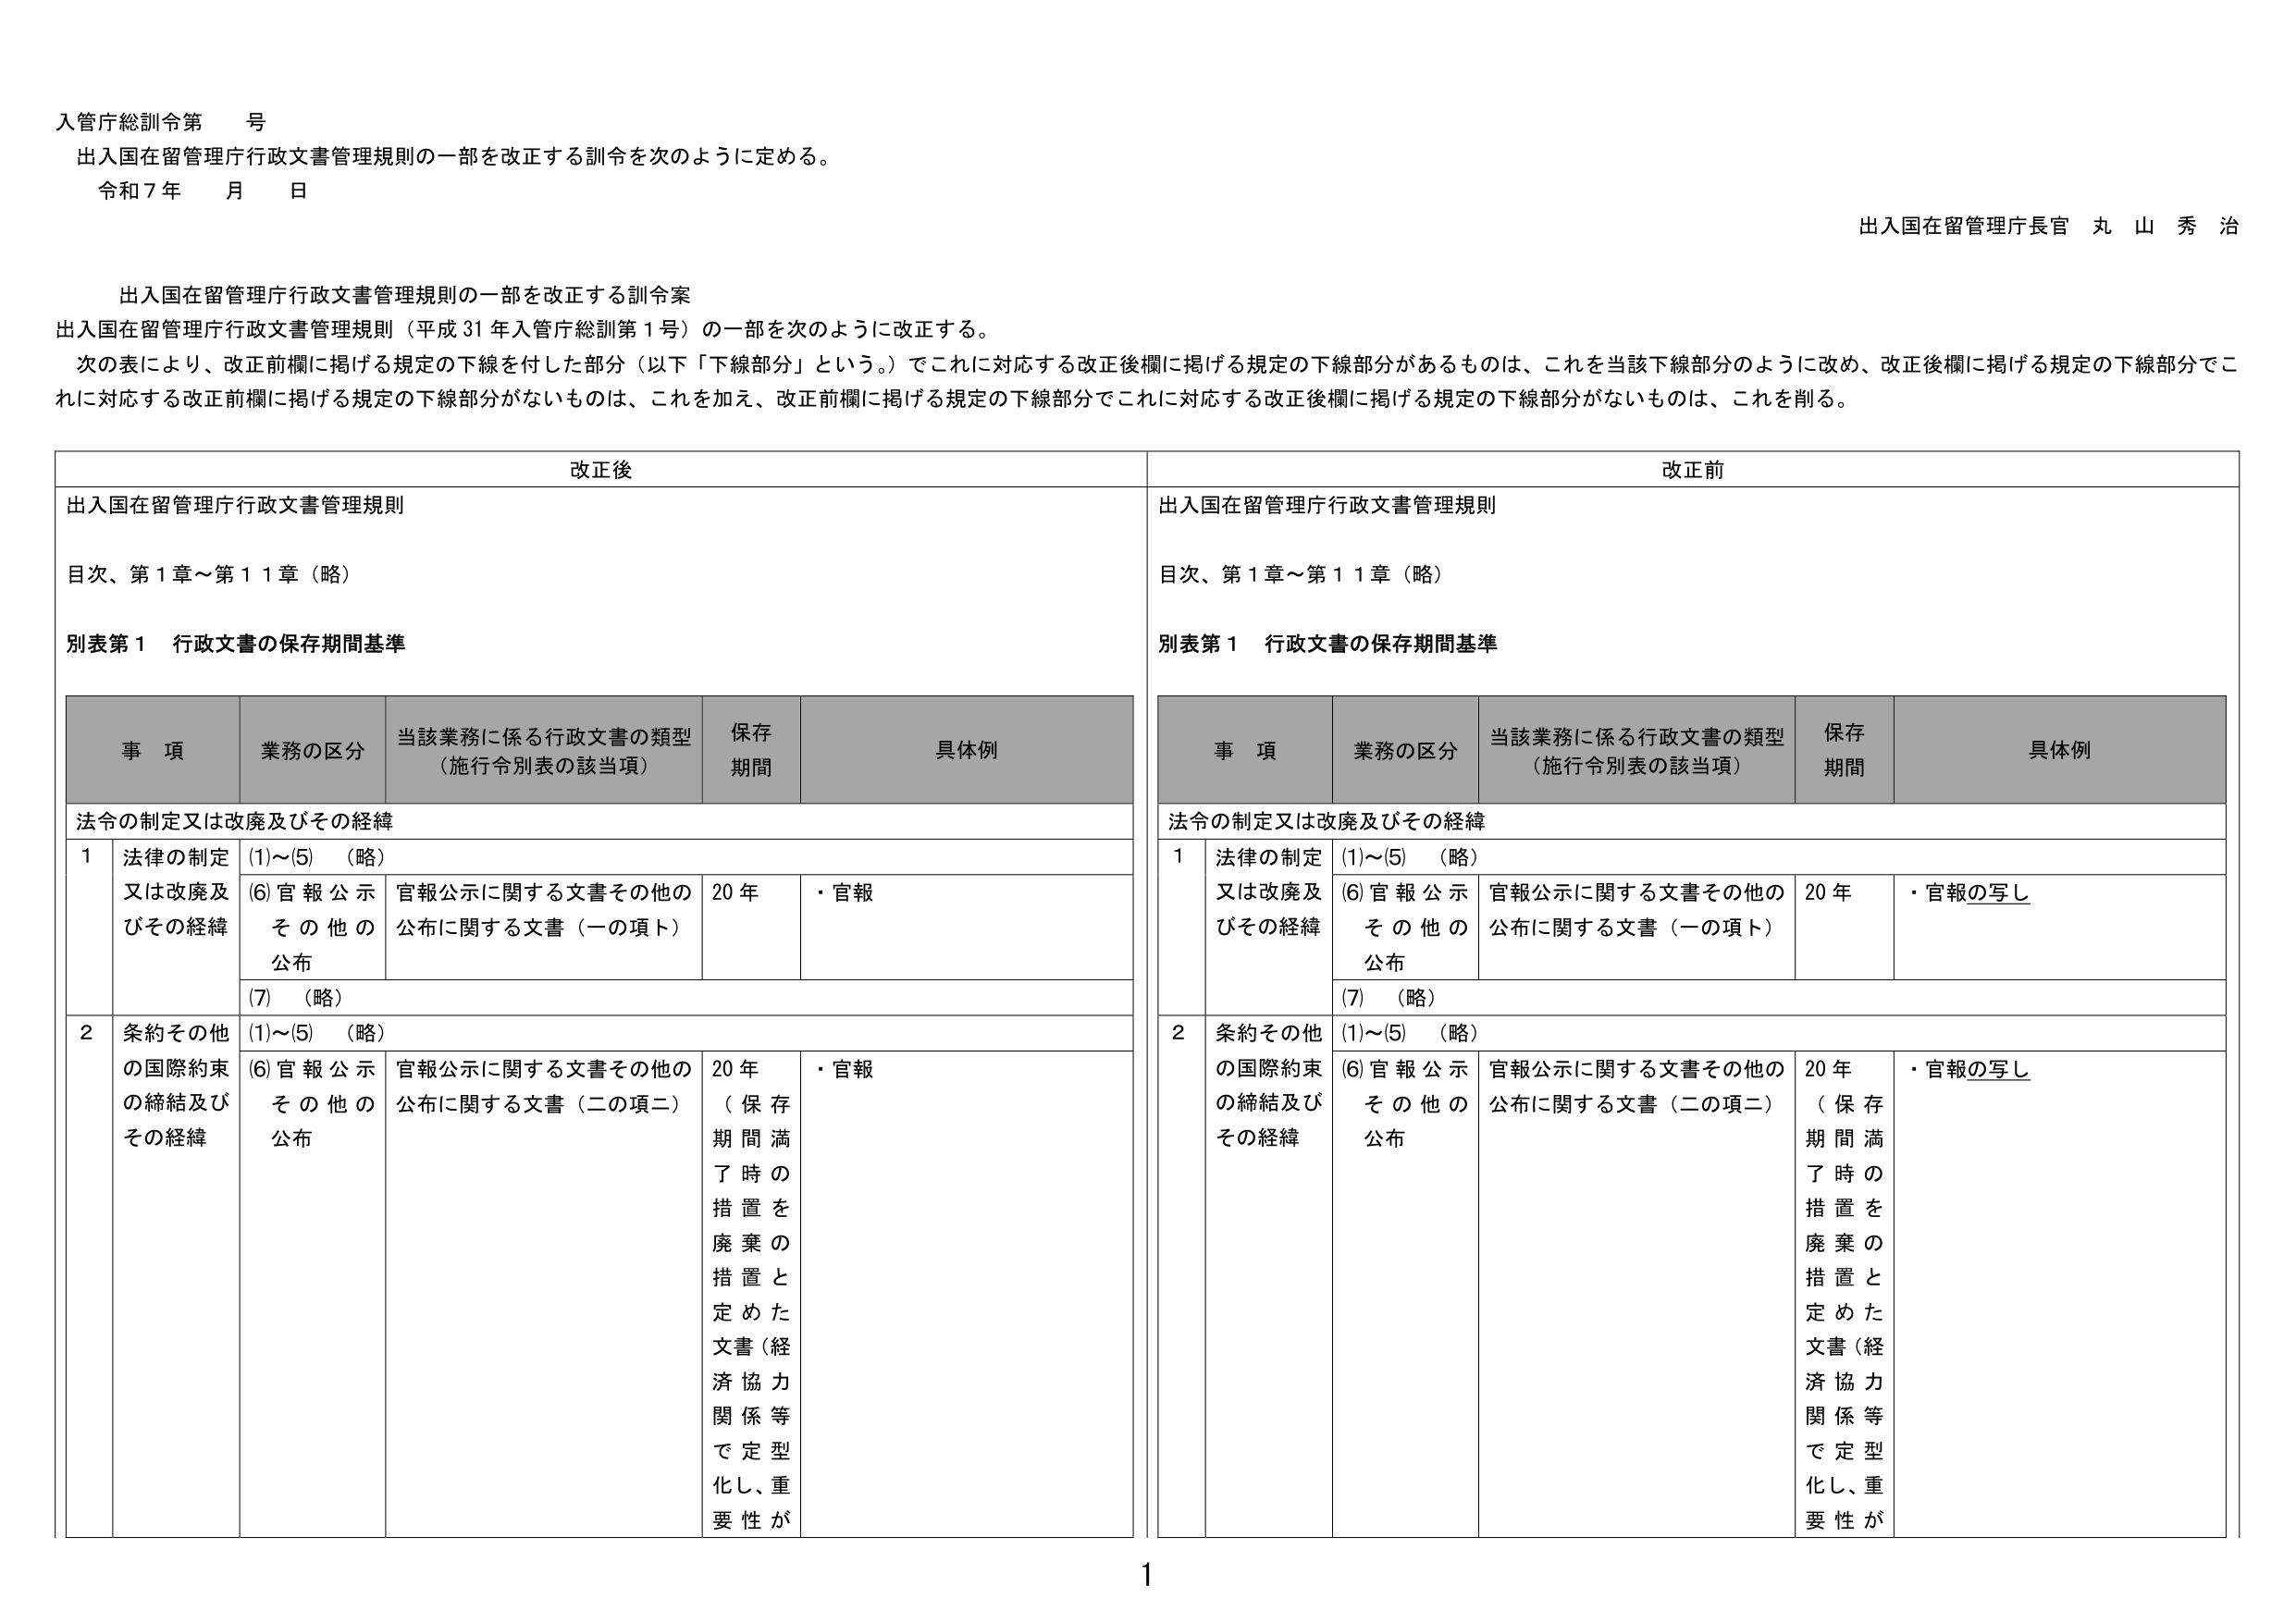
入管庁総訓令第　号
出入国在留管理庁行政文書管理規則の一部を改正する訓令を次のように定める。
令和７年　月　日

出入国在留管理庁長官　丸　山　秀　治

出入国在留管理庁行政文書管理規則の一部を改正する訓令案
出入国在留管理庁行政文書管理規則（平成31年入管庁総訓第1号）の一部を次のように改正する。
次の表により、改正前欄に掲げる規定の下線を付した部分（以下「下線部分」という。）でこれに対応する改正後欄に掲げる規定の下線部分があるものは、これを当該下線部分のように改め、改正後欄に掲げる規定の下線部分でこれに対応する改正前欄に掲げる規定の下線部分がないものは、これを加え、改正前欄に掲げる規定の下線部分でこれに対応する改正後欄に掲げる規定の下線部分がないものは、これを削る。

改正後
出入国在留管理庁行政文書管理規則
目次、第1章～第11章（略）
別表第1　行政文書の保存期間基準

事項　業務の区分　当該業務に係る行政文書の類型（施行令別表の該当項）　保存期間　具体例

法令の制定又は改廃及びその経緯
1　法律の制定又は改廃及びその経緯
　(1)～(5)　（略）
　(6)官報公示その他の公布　官報公示に関する文書その他の公布に関する文書（一の項ト）　20年　・官報
　(7)　（略）
2　条約その他の国際約束の締結及びその経緯
　(1)～(5)　（略）
　(6)官報公示その他の公布　官報公示に関する文書その他の公布に関する文書（二の項ニ）　20年　・官報
　（保存期間満了時の措置を廃棄の措置と定めた文書（経済協力関係等で定型化し、重要性が

改正前
出入国在留管理庁行政文書管理規則
目次、第1章～第11章（略）
別表第1　行政文書の保存期間基準

事項　業務の区分　当該業務に係る行政文書の類型（施行令別表の該当項）　保存期間　具体例

法令の制定又は改廃及びその経緯
1　法律の制定又は改廃及びその経緯
　(1)～(5)　（略）
　(6)官報公示その他の公布　官報公示に関する文書その他の公布に関する文書（一の項ト）　20年　・官報の写し
　(7)　（略）
2　条約その他の国際約束の締結及びその経緯
　(1)～(5)　（略）
　(6)官報公示その他の公布　官報公示に関する文書その他の公布に関する文書（二の項ニ）　20年　・官報の写し
　（保存期間満了時の措置を廃棄の措置と定めた文書（経済協力関係等で定型化し、重要性が

1